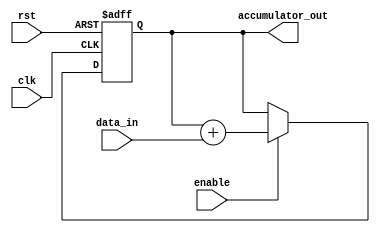
module accumulator (
    input wire clk,
    input wire rst,
    input wire enable,
    input wire [31:0] data_in,
    output reg [31:0] accumulator_out
);

reg [31:0] accumulator_reg;

always @(posedge clk or posedge rst) begin
    if (rst) begin
        accumulator_reg <= 0;
    end else begin
        if (enable) begin
            accumulator_reg <= accumulator_reg + data_in;
        end
    end
end

assign accumulator_out = accumulator_reg;

endmodule